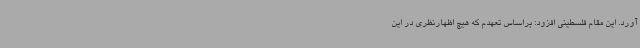
آورد. این مقام فلسطینی افزود: براساس تعهدم که هیچ اظهارنظری در این